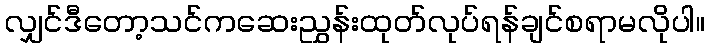
လျှင်ဒီတော့သင်ကဆေးညွှန်းထုတ်လုပ်ရန်ချင်စရာမလိုပါ။